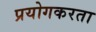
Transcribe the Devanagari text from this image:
प्रयोगकरता